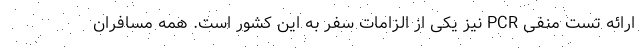
ارائه تست منفی PCR نیز یکی از الزامات سفر به این کشور است. همه مسافران